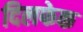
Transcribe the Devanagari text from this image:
दिलफेक